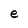
Character: e